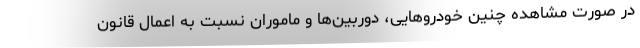
در صورت مشاهده چنین خودروهایی، دوربین‌ها و ماموران نسبت به اعمال قانون